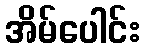
အိမ်ပေါင်း